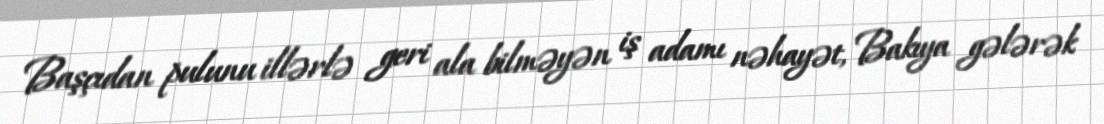
Başçıdan pulunu illərlə geri ala bilməyən iş adamı nəhayət, Bakıya gələrək